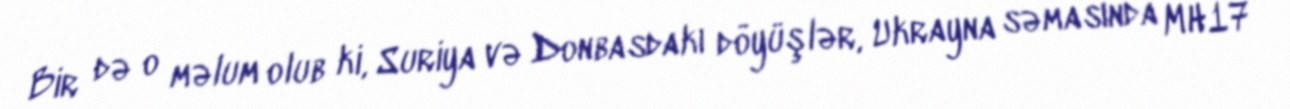
Bir də o məlum olub ki, Suriya və Donbasdakı döyüşlər, Ukrayna səmasında MH17